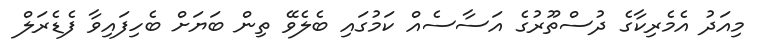
މިއަދު އެމެރިކާގެ ދުސްތޫރުގެ އަސާސެއް ކަމުގައި ބެލެވޭ ތިން ބަޔަށް ބެހިފައިވާ ފެޑެރަލް